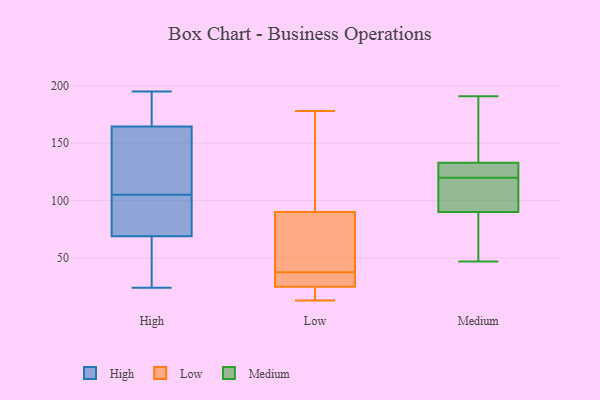
{"axis": {"x": "Energy Usage (MWh)", "y": "Value"}, "legend": ["High", "Low", "Medium"], "data": [{"x": "", "y": 97, "type": "High"}, {"x": "", "y": 77, "type": "High"}, {"x": "", "y": 68, "type": "High"}, {"x": "", "y": 135, "type": "High"}, {"x": "", "y": 195, "type": "High"}, {"x": "", "y": 174, "type": "High"}, {"x": "", "y": 70, "type": "High"}, {"x": "", "y": 24, "type": "High"}, {"x": "", "y": 162, "type": "High"}, {"x": "", "y": 59, "type": "High"}, {"x": "", "y": 113, "type": "High"}, {"x": "", "y": 167, "type": "High"}, {"x": "", "y": 31, "type": "Low"}, {"x": "", "y": 166, "type": "Low"}, {"x": "", "y": 74, "type": "Low"}, {"x": "", "y": 57, "type": "Low"}, {"x": "", "y": 106, "type": "Low"}, {"x": "", "y": 178, "type": "Low"}, {"x": "", "y": 23, "type": "Low"}, {"x": "", "y": 21, "type": "Low"}, {"x": "", "y": 28, "type": "Low"}, {"x": "", "y": 31, "type": "Low"}, {"x": "", "y": 44, "type": "Low"}, {"x": "", "y": 19, "type": "Low"}, {"x": "", "y": 27, "type": "Low"}, {"x": "", "y": 74, "type": "Low"}, {"x": "", "y": 13, "type": "Low"}, {"x": "", "y": 131, "type": "Low"}, {"x": "", "y": 115, "type": "Medium"}, {"x": "", "y": 102, "type": "Medium"}, {"x": "", "y": 191, "type": "Medium"}, {"x": "", "y": 131, "type": "Medium"}, {"x": "", "y": 186, "type": "Medium"}, {"x": "", "y": 72, "type": "Medium"}, {"x": "", "y": 47, "type": "Medium"}, {"x": "", "y": 90, "type": "Medium"}, {"x": "", "y": 125, "type": "Medium"}, {"x": "", "y": 133, "type": "Medium"}]}